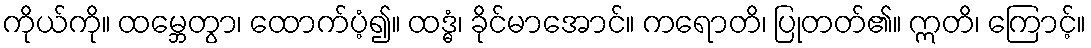
ကိုယ်ကို။ ထမ္ဘေတွာ၊ ထောက်ပံ့၍။ ထဒ္ဓံ၊ ခိုင်မာအောင်။ ကရောတိ၊ ပြုတတ်၏။ ဣတိ၊ ကြောင့်။